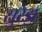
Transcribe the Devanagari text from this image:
सुरेड़ा